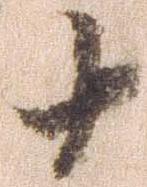
十